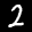
Label: 2